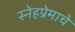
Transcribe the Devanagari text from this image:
स्नेहप्रेमाचे